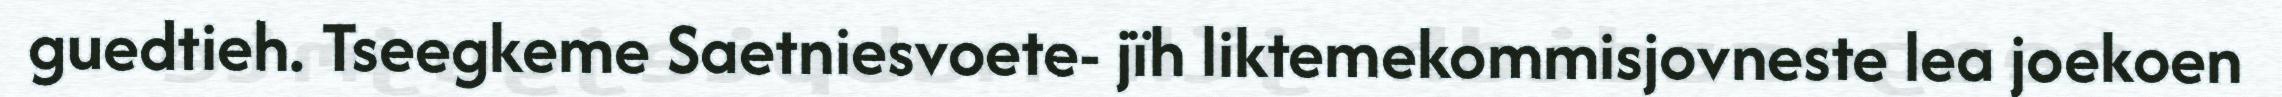
guedtieh. Tseegkeme Saetniesvoete- jïh liktemekommisjovneste lea joekoen